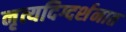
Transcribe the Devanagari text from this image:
नृत्यदिग्दर्शनात